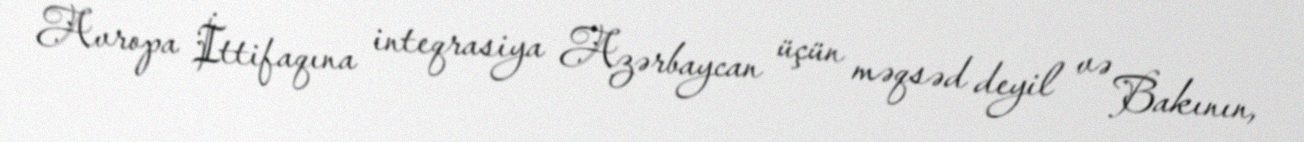
Avropa İttifaqına inteqrasiya Azərbaycan üçün məqsəd deyil və Bakının,